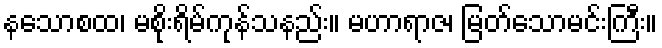
နသောစထ၊ မစိုးရိမ်ကုန်သနည်း။ မဟာရာဇ၊ မြတ်သောမင်းကြီး။